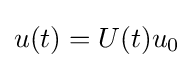
u(t)=U(t)u_{0}